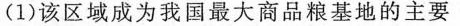
(1)该区域成为我国最大商品粮基地的主要